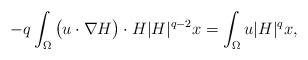
LaTeX: \begin{align*}-q \int_{\Omega} \big(u\cdot \nabla H\big)\cdot H|H|^{q-2} x=\int_{\Omega} u |H|^q x,\end{align*}